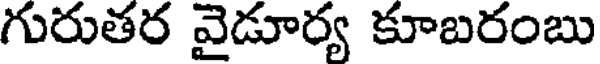
గురుతర వైడూర్య కూబరంబు